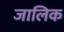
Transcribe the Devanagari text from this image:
जालिक